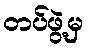
တပ်ဖွဲ့မှ